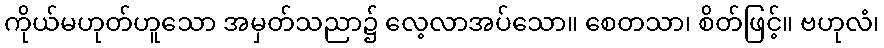
ကိုယ်မဟုတ်ဟူသော အမှတ်သညာ၌ လေ့လာအပ်သော။ စေတသာ၊ စိတ်ဖြင့်။ ဗဟုလံ၊